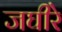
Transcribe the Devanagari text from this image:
जघीरे